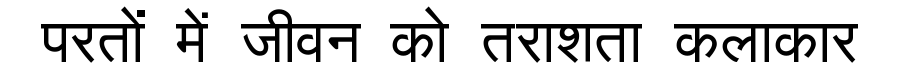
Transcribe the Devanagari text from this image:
परतों में जीवन को तराशता कलाकार